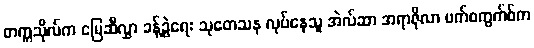
တက္ကသိုလ်က မြေဆီလွှာ ခန့်ခွဲရေး သုတေသန လုပ်နေသူ အဲလ်ဆာ အရာဇိုလာ ဗက်စကွက်စ်က